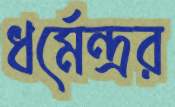
ধর্মেন্দ্রর